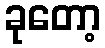
ခုတော့